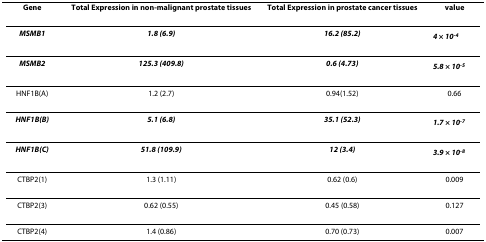
| Gene | Total Expression in non-malignant prostate tissues | Total Expression in prostate cancer tissues | value |
 | --- | --- | --- | --- |
 | MSMB1 | 1.8 (6.9) | 16.2 (85.2) | 4 × 10-4 |
 | MSMB2 | 125.3 (409.8) | 0.6 (4.73) | 5.8 × 10-5 |
 | HNF1B(A) | 1.2 (2.7) | 0.94(1.52) | 0.66 |
 | HNF1B(B) | 5.1 (6.8) | 35.1 (52.3) | 1.7 × 10-7 |
 | HNF1B(C) | 51.8 (109.9) | 12 (3.4) | 3.9 × 10-8 |
 | CTBP2(1) | 1.3 (1.11) | 0.62 (0.6) | 0.009 |
 | CTBP2(3) | 0.62 (0.55) | 0.45 (0.58) | 0.127 |
 | CTBP2(4) | 1.4 (0.86) | 0.70 (0.73) | 0.007 |